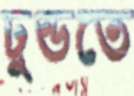
ঢুন্ডতে